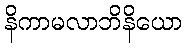
နိကာမလာဘိနိယော